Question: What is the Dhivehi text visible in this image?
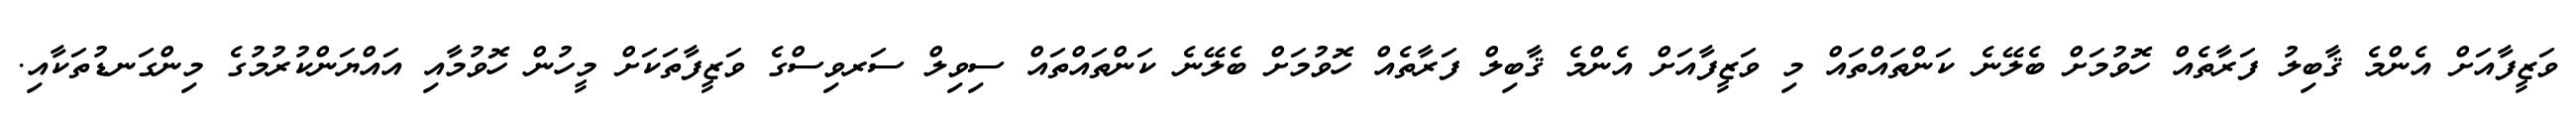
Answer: ވަޒީފާއަށް އެންމެ ޤާބިލު ފަރާތެއް ހޮވުމަށް ބެލޭނެ ކަންތައްތައް މި ވަޒީފާއަށް އެންމެ ޤާބިލް ފަރާތެއް ހޮވުމަށް ބެލޭނެ ކަންތައްތައް ސިވިލް ސަރވިސްގެ ވަޒީފާތަކަށް މީހުން ހޮވުމާއި އައްޔަންކުރުމުގެ މިންގަނޑުތަކާއި.